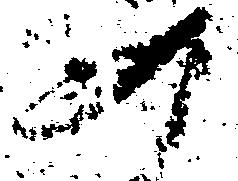
如